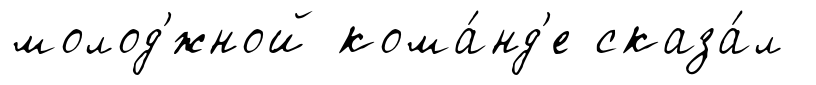
молод'́жной кома́нд'е сказа́л